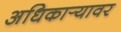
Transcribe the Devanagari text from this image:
अधिकार्‍यावर